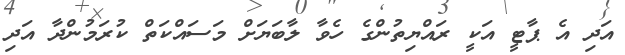
އަދި އެ ޕާޓީ އަކީ ރައްޔިތުންގެ ހެވާ ލާބަޔަށް މަސައްކަތް ކުރަމުންދާ އަދި